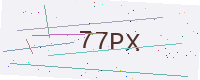
Text: 77PX